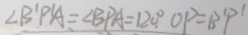
\angle B ^ { \prime } P ^ { \prime } A = \angle B P A = 1 2 0 . ^ { \circ } O P = B ^ { \prime } P ^ { \prime }